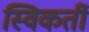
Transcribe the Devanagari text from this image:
स्विकर्ती